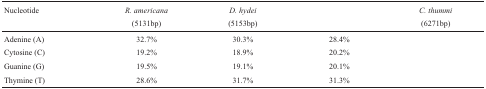
<table><thead><tr><td><b>Nucleotide</b></td><td><b><i>R. americana</i></b></td><td><b><i>D. hydei</i></b></td><td>[EMPTY_CELL]</td><td><b><i>C. thummi</i></b></td></tr><tr><td>[EMPTY_CELL]</td><td><b>(5131bp)</b></td><td><b>(5153bp)</b></td><td>[EMPTY_CELL]</td><td><b>(6271bp)</b></td></tr></thead><tbody><tr><td>Adenine (A)</td><td>32.7%</td><td>30.3%</td><td>28.4%</td><td>[EMPTY_CELL]</td></tr><tr><td>Cytosine (C)</td><td>19.2%</td><td>18.9%</td><td>20.2%</td><td>[EMPTY_CELL]</td></tr><tr><td>Guanine (G)</td><td>19.5%</td><td>19.1%</td><td>20.1%</td><td>[EMPTY_CELL]</td></tr><tr><td>Thymine (T)</td><td>28.6%</td><td>31.7%</td><td>31.3%</td><td>[EMPTY_CELL]</td></tr></tbody></table>